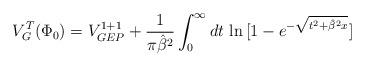
LaTeX: \begin{align*}V_G^T(\Phi_0)= V_{GEP}^{1+1}+ {1\over {\pi {\hat{\beta}}^2}} \int_0^{\infty} dt \, \ln \, [1-e^{- \sqrt{t^2+{\hat{\beta}}^2 x}} ]\end{align*}